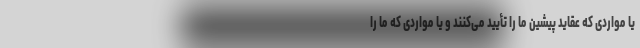
یا مواردی که عقاید پیشین ما را تأیید می‌کنند و یا مواردی که ما را